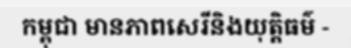
កម្ពុជា មានភាពសេរីនិងយុត្តិធម៌ -